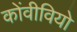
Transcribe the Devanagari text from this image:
कोंवीवियो